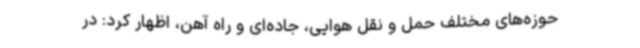
حوزه‌های مختلف حمل و نقل هوایی، جاده‌ای و راه‌ آهن، اظهار کرد: در